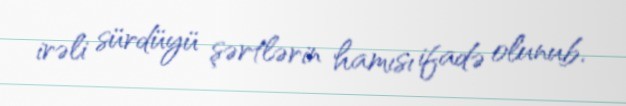
irəli sürdüyü şərtlərin hamısı ifadə olunub.